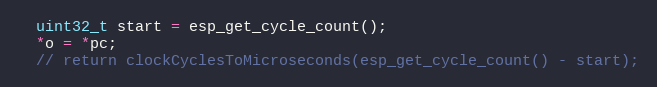
Language: C++
  uint32_t start = esp_get_cycle_count();
  *o = *pc;
  // return clockCyclesToMicroseconds(esp_get_cycle_count() - start);